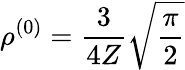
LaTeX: \rho^{(0)}=\frac{3}{4Z}\sqrt{\frac{\pi}{2}}